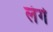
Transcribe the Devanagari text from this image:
लंगे